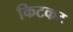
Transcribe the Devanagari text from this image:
किटकट